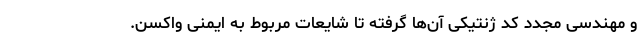
و مهندسی مجدد کد ژنتیکی آن‌ها گرفته تا شایعات مربوط به ایمنی واکسن.